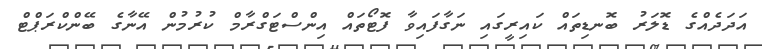
އަދަދެއްގެ ޑޮލަރު ބޮނޑިތައް ކައިރީގައި ނަގާފައިވާ ފޮޓޯތައް އިންސްޓަގްރާމް ކުރުމުން އޭނާގެ ބޭންކްރަޕްޓް